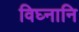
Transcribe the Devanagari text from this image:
विघ्नानि